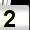
Digit: 2